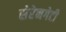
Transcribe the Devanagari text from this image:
सेरेनगेटी